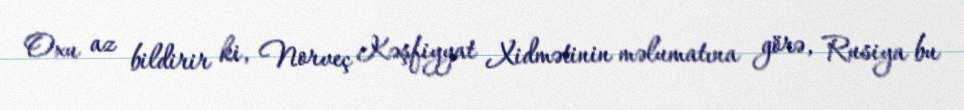
Oxu az bildirir ki, Norveç Kəşfiyyat Xidmətinin məlumatına görə, Rusiya bu